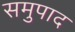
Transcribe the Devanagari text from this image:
समुपाद